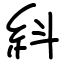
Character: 紏